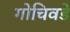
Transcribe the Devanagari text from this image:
गोचिवडे